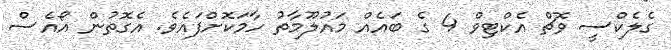
ގެލެކްސީ ވޮޗް އެކްޓިވް 4 ގެ ބައެއް މައުލޫމާތު ހާމަކޮށްފައެވެ. އެގޮތުން އޯއެސް